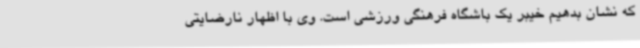
که نشان بدهیم خیبر یک باشگاه فرهنگی ورزشی است. وی با اظهار نارضایتی